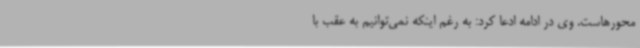
محورهاست. وی در ادامه ادعا کرد: به رغم اینکه نمی‌توانیم به عقب با